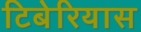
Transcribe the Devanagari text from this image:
टिबेरियास